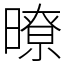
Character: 暸